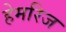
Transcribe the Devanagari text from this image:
हेमरिज